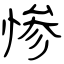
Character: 惨